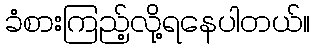
ခံစားကြည့်လို့ရနေပါတယ်။